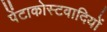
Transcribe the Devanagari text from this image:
पेंटाकोस्टवादियों